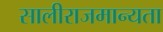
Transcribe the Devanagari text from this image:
सालीराजमान्यता